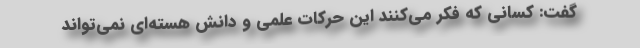
گفت: کسانی که فکر می‌کنند این حرکات علمی و دانش هسته‌ای نمی‌تواند